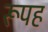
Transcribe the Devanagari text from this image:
रूपह